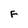
Character: F